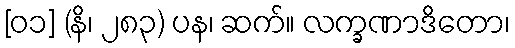
[၀၁] (နိ၊ ၂၈၃) ပန၊ ဆက်။ လက္ခဏာဒိတော၊